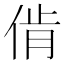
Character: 𱎳